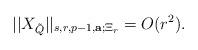
LaTeX: \begin{align*}||X_{\tilde{Q}}||_{s,r,p-1,\mathbf{a};\Xi_r}=O(r^2).\end{align*}